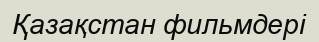
Қазақстан фильмдері